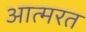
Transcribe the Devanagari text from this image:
आत्मरत